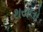
થયલો